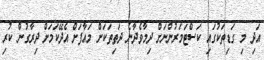
އަދި މި ގަޑިތަކުގައި ކަސްޓަމަރުންނަށް ދިމާވެދާނެ ދަތިތަކަށް މައާފަށް އެދޭކަމަށް ދިރާގުން ކުރި